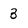
Character: 3